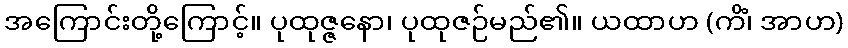
အကြောင်းတို့ကြောင့်။ ပုထုဇ္ဇနော၊ ပုထုဇဉ်မည်၏။ ယထာဟ (ကိံ၊ အာဟ)